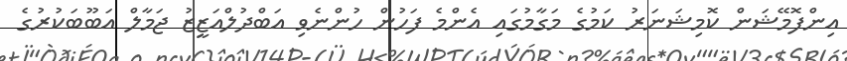
އިންފޮމޭޝަން ކޮމިޝަނަރު ކަމުގެ މަގާމުގައި އެންމެ ފަހުން ހުންނެވި އަބްދުލްއަޒީޒު ޖަމާލް އަބޫބަކުރުގެ